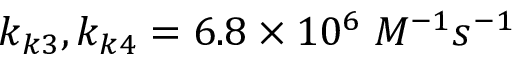
k _ { k 3 } , k _ { k 4 } = 6 . 8 \times 1 0 ^ { 6 } \; M ^ { - 1 } s ^ { - 1 }